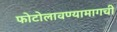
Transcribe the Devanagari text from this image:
फोटोलावण्यामागची